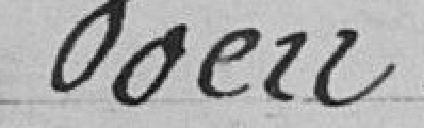
Vœu.